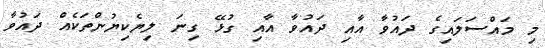
މި މައްސަލައިގެ ދައުވާ އާއި ދައުވާ އާއި ގުޅޭ ގިނަ ލިޔެކިޔުންތަކެއް ދައުވާ